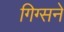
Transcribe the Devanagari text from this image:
गिग्सने